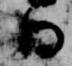
日